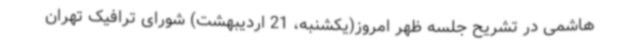
هاشمی در تشریح جلسه ظهر امروز(یکشنبه، 21 اردیبهشت) شورای ترافیک تهران